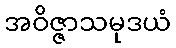
အဝိဇ္ဇာသမုဒယံ